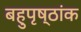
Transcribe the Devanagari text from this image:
बहुपृष्ठांक